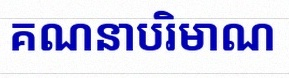
គណនាបរិមាណ